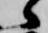
候